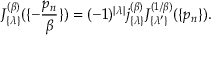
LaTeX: J _ { \{ \lambda \} } ^ { ( \beta ) } ( \{ - { \frac { p _ { n } } { \beta } } \} ) = ( - 1 ) ^ { | \lambda | } j _ { \{ \lambda \} } ^ { ( \beta ) } J _ { \{ \lambda ^ { \prime } \} } ^ { ( 1 / \beta ) } ( \{ p _ { n } \} ) .